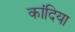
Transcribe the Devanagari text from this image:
कांदिया